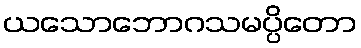
ယသောဘောဂသမပ္ပိတော